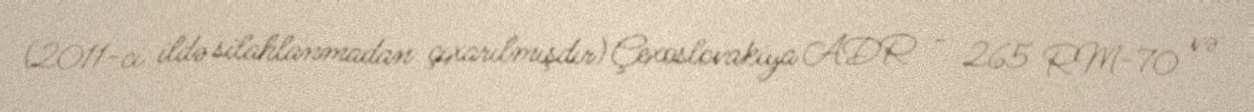
(2011-ci ildə silahlanmadan çıxarılmışdır) Çexoslovakiya ADR - 265 RM-70 və